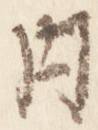
内